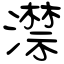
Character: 澿